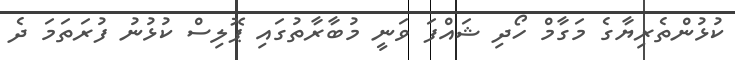
ކުޅުންތެރިޔާގެ މަގާމް ހޯދި ޝައްފަ ވަނީ މުބާރާތުގައި ޕޮލިސް ކުޅުނު ފުރަތަމަ ދެ